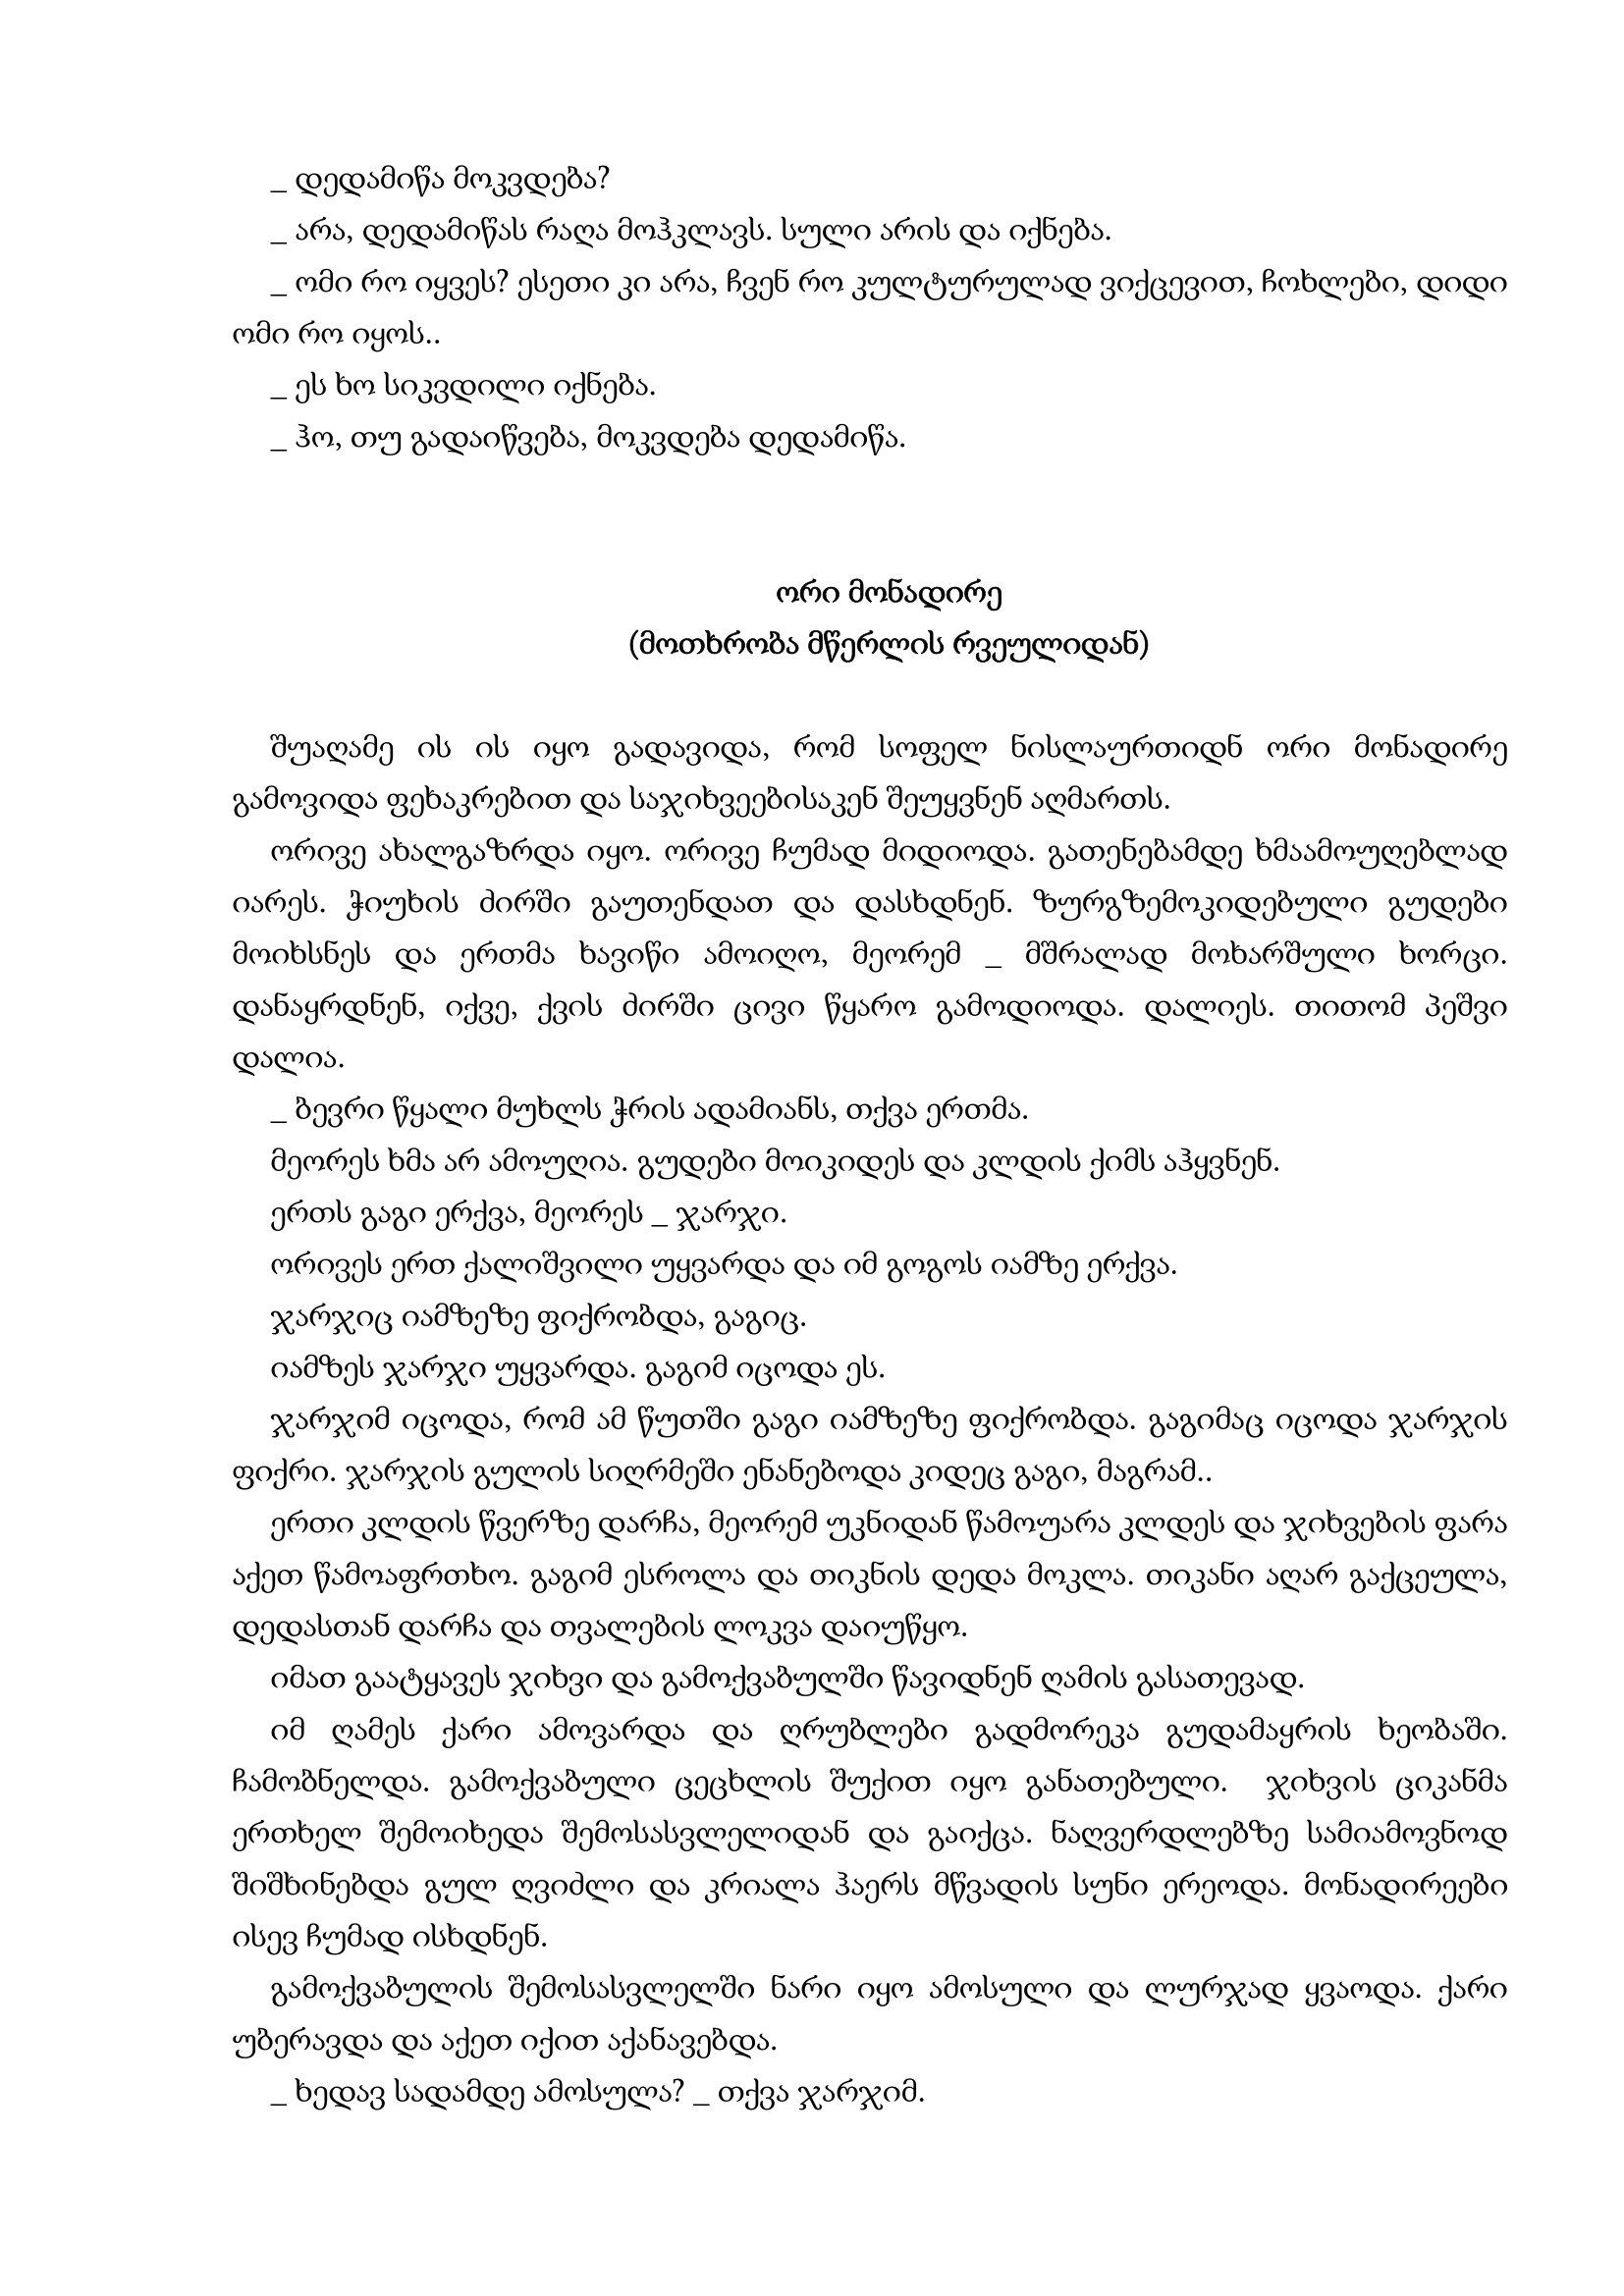
Language: gr